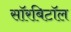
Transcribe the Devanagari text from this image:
सॉरबिटॉल